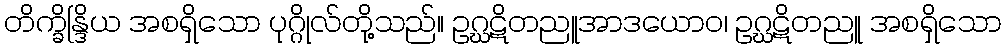
တိက္ခိန္ဒြိယ အစရှိသော ပုဂ္ဂိုလ်တို့သည်။ ဥဂ္ဃဋိတညူအာဒယောဝ၊ ဥဂ္ဃဋိတညူ အစရှိသော